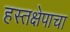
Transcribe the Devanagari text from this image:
हस्तक्षेपाचा